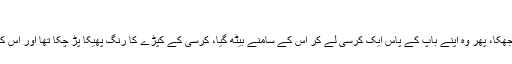
‘‘
نرس کے جانے کے بعد ٹینگو ایک لمحے کے لیے جھجھکا، پھر وہ اپنے باپ کے پاس ایک کرسی لے کر اس کے سامنے بیٹھ گیا، کرسی کے کپڑے کا رنگ پھیکا پڑ چکا تھا اور اس کی لکڑی پر طویل استعمال سے خراشیں پڑی ہوئی تھیں۔